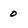
Character: 0